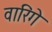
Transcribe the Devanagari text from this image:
वारिंगे